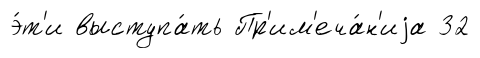
э́т'и выступа́ть Пр'им'еча́н'иjа 32